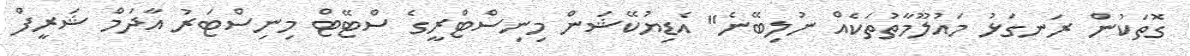
ގޮތަކުން ރަނގަޅު މައުލޫމާތުތަކެއް ނުލިބޭނެ" އެޑިޔުކޭޝަން މިނިސްޓްރީގެ ސްޓޭޓް މިނިސްޓަރު އާދަމް ޝަރީފް